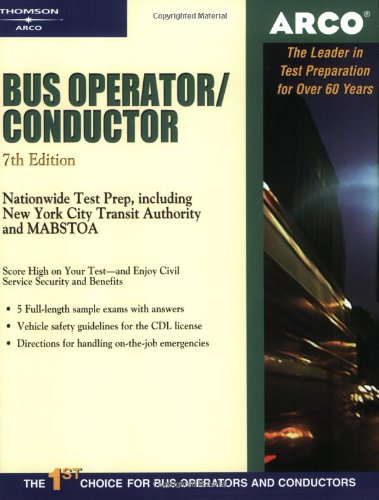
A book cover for Bus Operator 7E (Arco Master the Bus Operator/Conductor); Arco; Test Preparation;